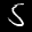
Label: 5